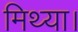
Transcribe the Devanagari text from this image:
मिथ्या।